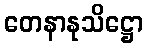
တေနာနုသိဋ္ဌော